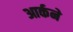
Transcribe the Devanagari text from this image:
आर्कने